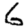
Digit: 6